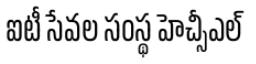
ఐటీ సేవల సంస్థ హెచ్సీఎల్